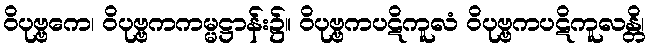
ဝိပုဗ္ဗကေ၊ ဝိပုဗ္ဗကကမ္မဋ္ဌာန်း၌။ ဝိပုဗ္ဗကပဋိကူလံ ဝိပုဗ္ဗကပဋိကူလန္တိ၊